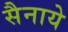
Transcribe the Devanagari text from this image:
सैनाये